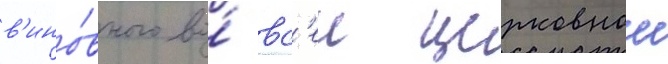
в'ино́вного во́ вс'еи церковнои